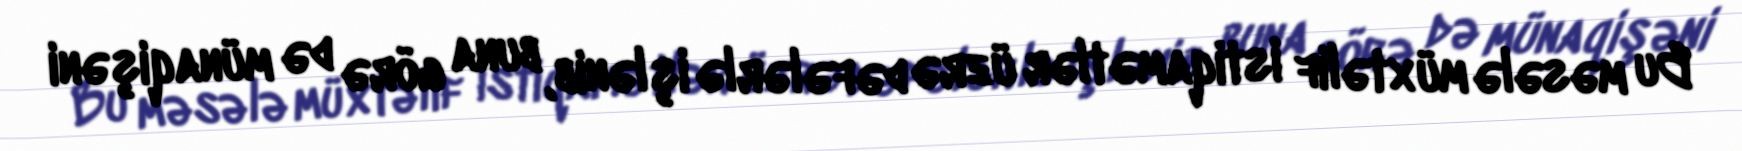
Bu məsələ müxtəlif istiqamətlər üzrə dəfələrlə işlənib, buna görə də münaqişəni